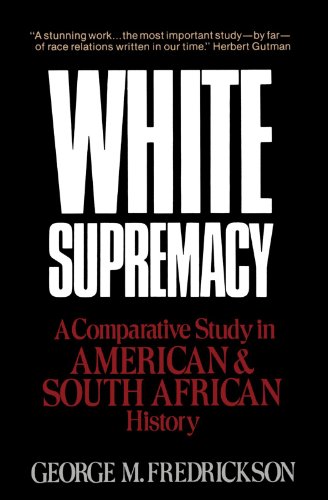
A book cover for White Supremacy: A Comparative Study of American and South African History; George M. Fredrickson; History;